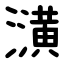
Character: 㶂